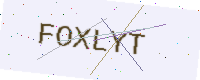
Text: FOXLYT